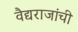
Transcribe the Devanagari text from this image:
वैद्यराजांची